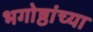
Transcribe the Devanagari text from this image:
भगोष्ठांच्या